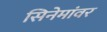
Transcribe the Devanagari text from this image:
सिनेमांवर